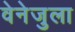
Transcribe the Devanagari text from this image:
वेनेजुला